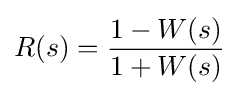
R(s)={\dfrac {1-W(s)}{1+W(s)}}